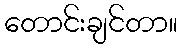
တောင်းချင်တာ။